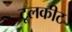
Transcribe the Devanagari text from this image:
टूलकीट